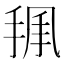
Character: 𢭥